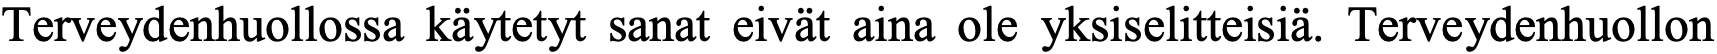
Terveydenhuollossa käytetyt sanat eivät aina ole yksiselitteisiä. Terveydenhuollon